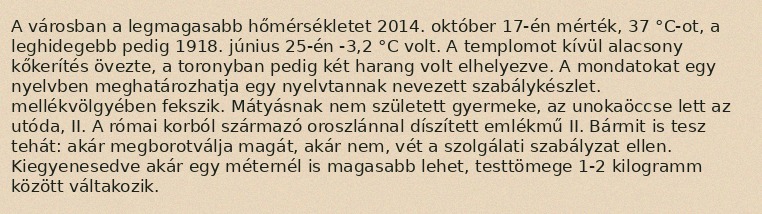
A városban a legmagasabb hőmérsékletet 2014. október 17-én mérték, 37 °C-ot, a leghidegebb pedig 1918. június 25-én -3,2 °C volt. A templomot kívül alacsony kőkerítés övezte, a toronyban pedig két harang volt elhelyezve. A mondatokat egy nyelvben meghatározhatja egy nyelvtannak nevezett szabálykészlet. mellékvölgyében fekszik. Mátyásnak nem született gyermeke, az unokaöccse lett az utóda, II. A római korból származó oroszlánnal díszített emlékmű II. Bármit is tesz tehát: akár megborotválja magát, akár nem, vét a szolgálati szabályzat ellen. Kiegyenesedve akár egy méternél is magasabb lehet, testtömege 1-2 kilogramm között váltakozik.